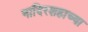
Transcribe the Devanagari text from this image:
नादिरशहाच्या